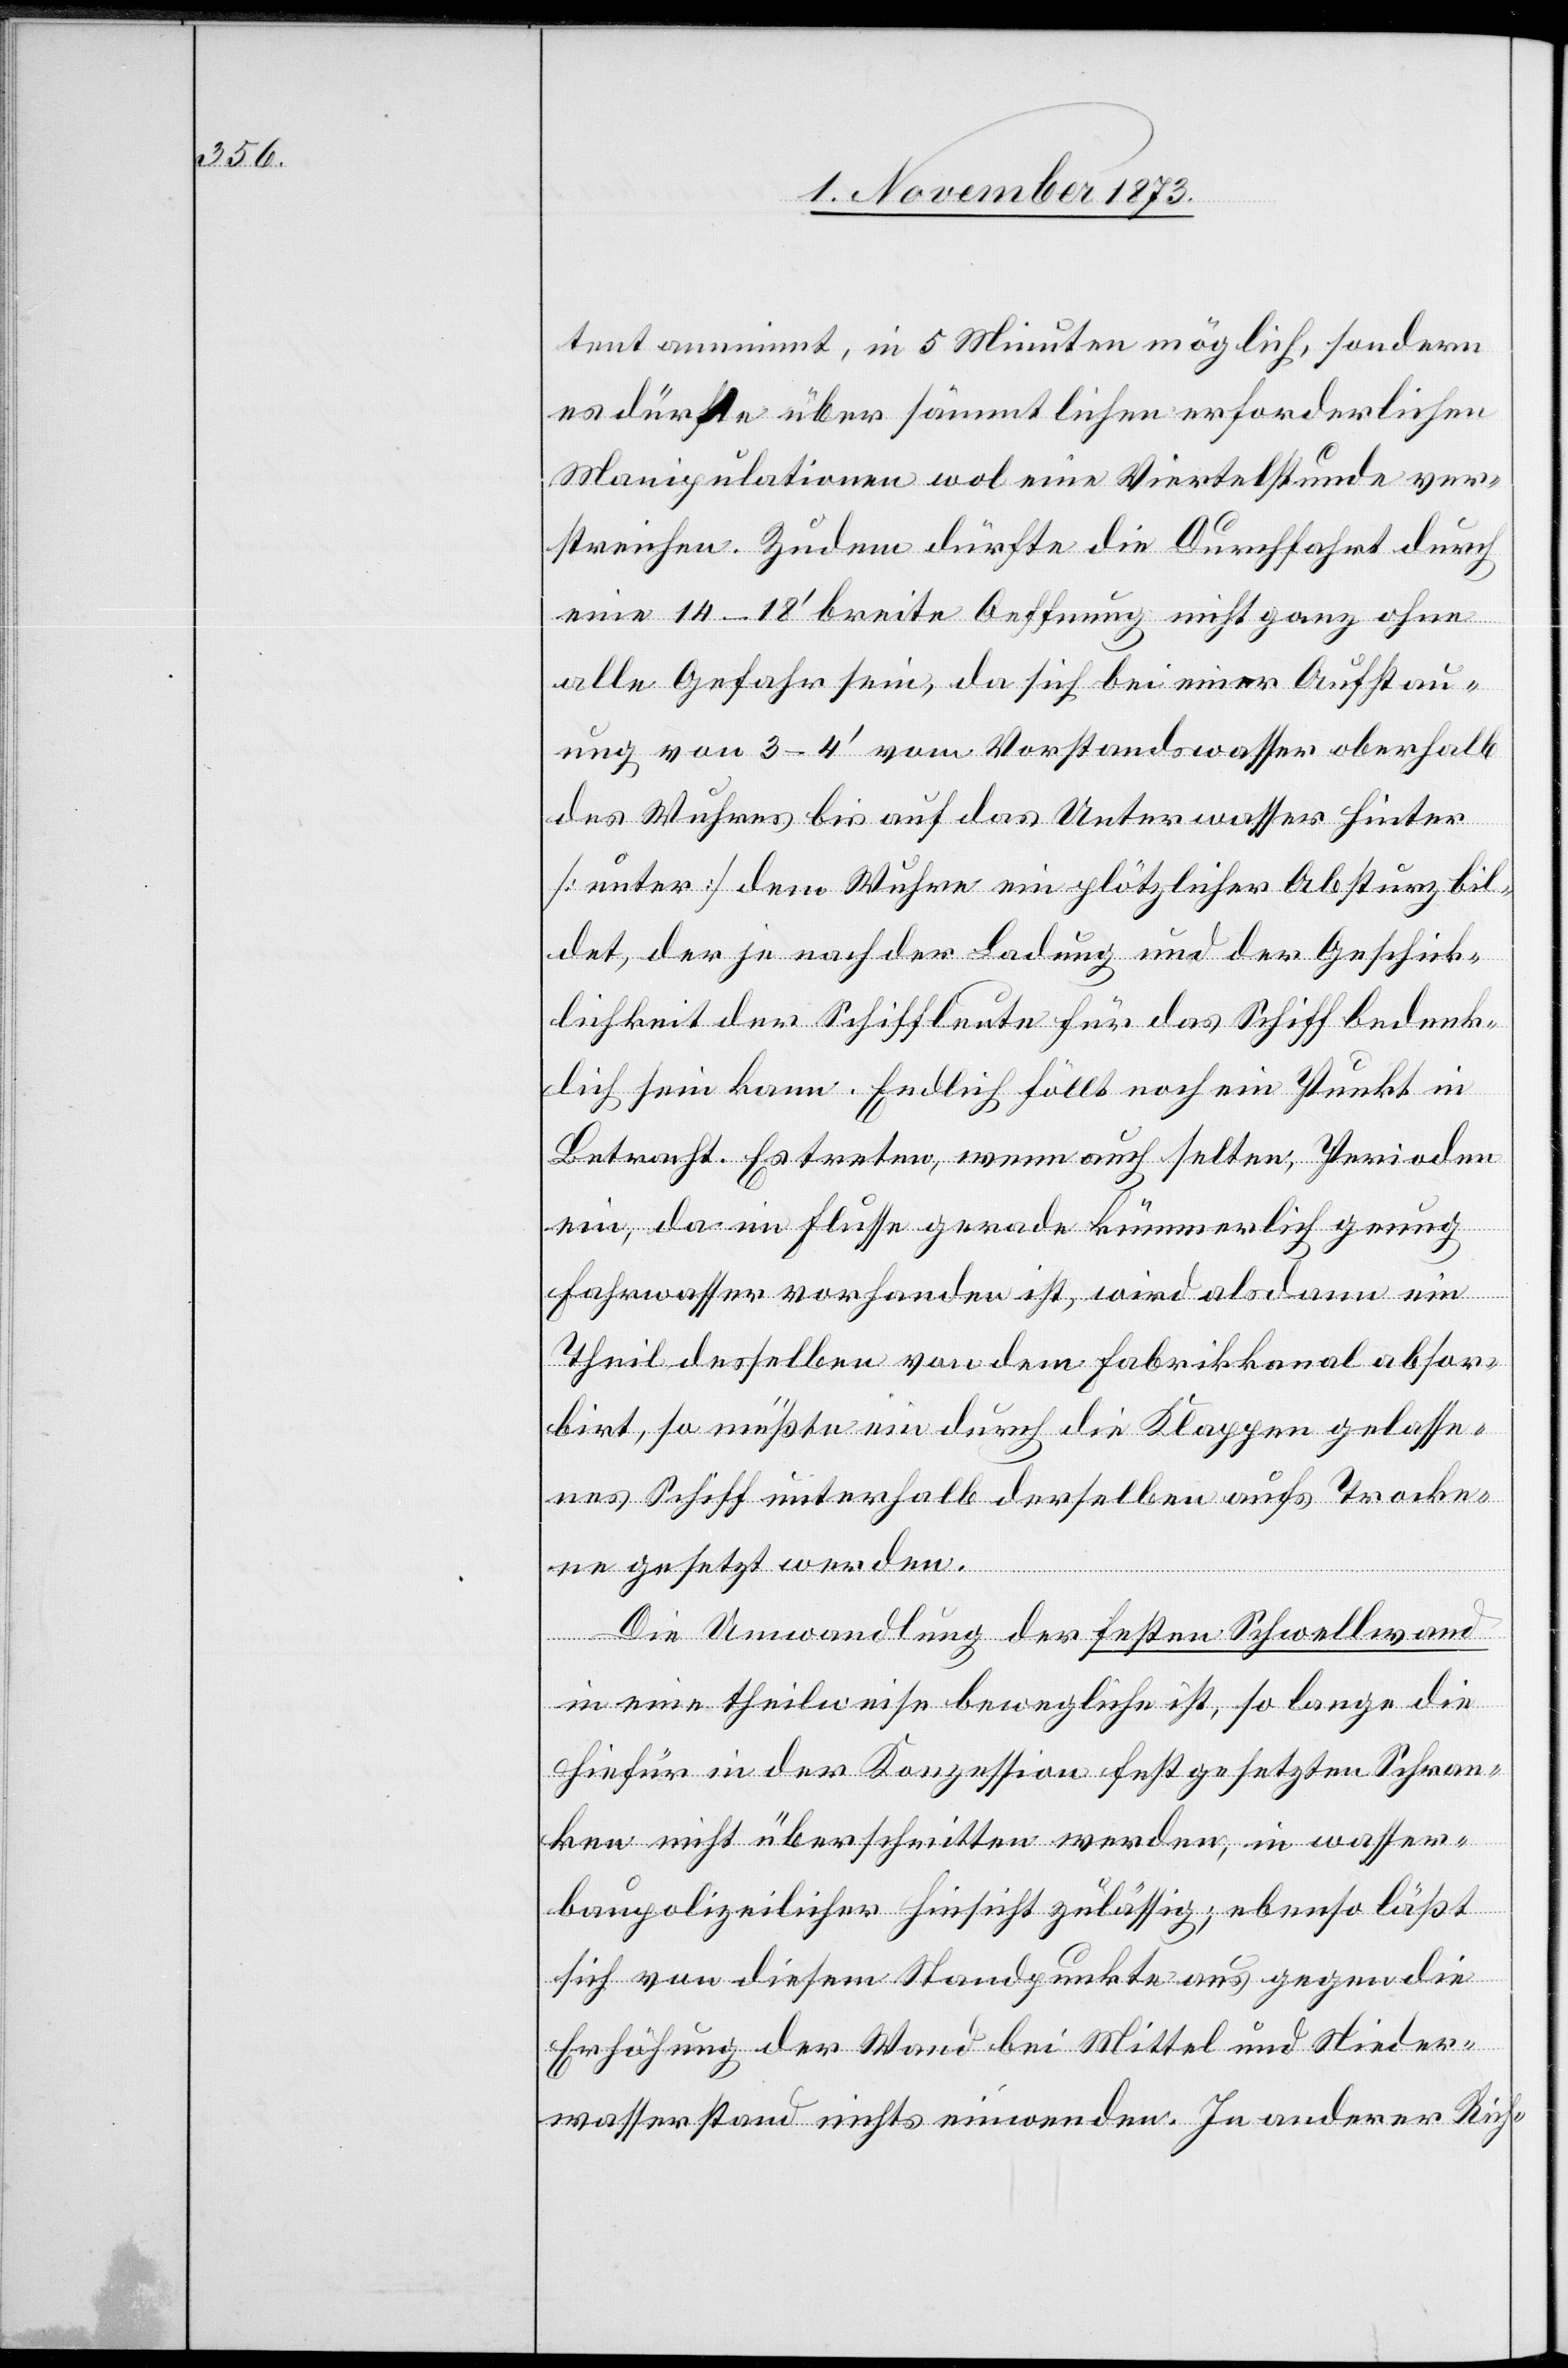
tent annimmt, in 5 Minuten möglich, sondern
es dürfte über sämmtlichen erforderlichen
Manipulationen wol eine Viertelstunde ver¬
streichen. Zudem dürfte die Durchfahrt durch
eine 14–18‘ breite Oeffnung nicht ganz ohne
alle Gefahr sein, da sich bei einer Aufstau¬
ung von 3–4‘ vom Vorstandswasser oberhalb
des Wuhres bis auf das Unterwasser hinter
[unter] dem Wuhre ein plötzlicher Absturz bil¬
det, der je nach der Ladung und der Geschick¬
lichkeit der Schiffleute für das Schiff bedenk¬
lich sein kann. Endlich föllt [recte: fällt] noch
Betracht. Es treten, wenn auch selten, Perioden
ein, da im Flusse gerade kümmerlich genug
in
Fahrwasser vorhanden ist, wird alsdann ein
Theil desselben von dem Fabrikkanal absor¬
birt, so müßte ein durch die Klappen gelasse¬
nes Schiff unterhalb derselben aufs Trocke¬
ne gesetzt werden.
Die Umwandlung der festen Schwellwand
in eine theilweise bewegliche ist, so lange die
hiefür in der Konzession festgesetzten Schran¬
ken nicht überschritten werden, in wasser¬
baupolizeilicher Hinsicht zulässig; ebenso läßt
sich von diesem Standpunkte aus gegen die
Erhöhung der Wand bei Mittel[-] und Nieder¬
wasserstand nichts einwenden. In anderer Rich-